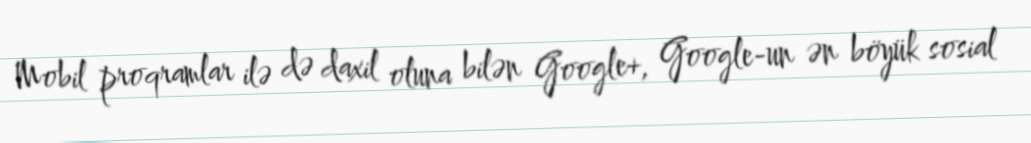
Mobil proqramlar ilə də daxil oluna bilən Google+, Google-un ən böyük sosial